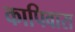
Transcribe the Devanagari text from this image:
कापिवारा